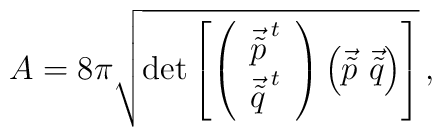
A = 8\pi \sqrt{{\rm det} \left[ \left( \begin{array}{c}\vec{\tilde{p}}^{\hspace{2pt}t} \\\vec{\tilde{q}}^{\hspace{2pt}t} \\\end{array}\right) \left( \vec{\tilde{p}} \,\,\vec{\tilde{q}} \right)\right]}\, ,